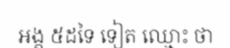
អង្គ ៥ដទៃ ទៀត ឈ្មោះ ថា